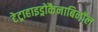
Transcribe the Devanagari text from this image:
टेट्राहाइड्रोकैनाबिनॉल